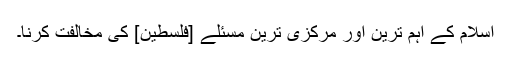
اسلام کے اہم ترین اور مرکزی ترین مسئلے [فلسطین] کی مخالفت کرنا۔